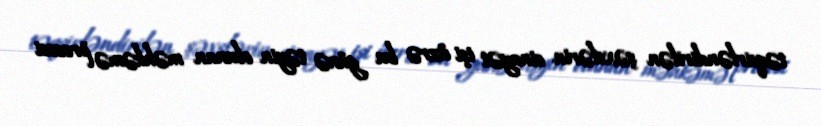
təqsirləndirilən şəxslərin cinayət işi üzrə bu günə təyin olunan məhkəmə prosesi